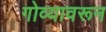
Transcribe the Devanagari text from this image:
गोव्यावरून